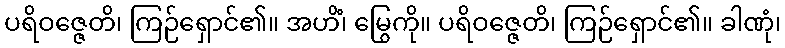
ပရိဝဇ္ဇေတိ၊ ကြဉ်ရှောင်၏။ အဟိံ၊ မြွေကို။ ပရိဝဇ္ဇေတိ၊ ကြဉ်ရှောင်၏။ ခါဏုံ၊